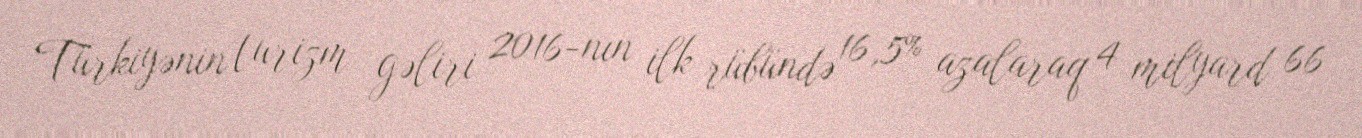
Türkiyənin turizm gəliri 2016-nın ilk rübündə 16,5% azalaraq 4 milyard 66